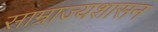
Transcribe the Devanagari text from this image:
साम्राज्यशासन